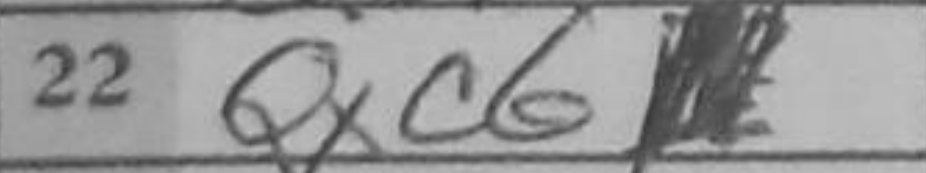
Transcription: Qxc6